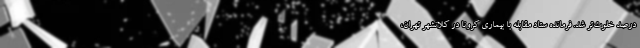
درصد خلوت‌تر شد. فرمانده ستاد مقابله با بیماری کرونا در کلانشهر تهران،